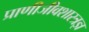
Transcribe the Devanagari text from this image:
प्राणीजीवशास्त्रज्ञ